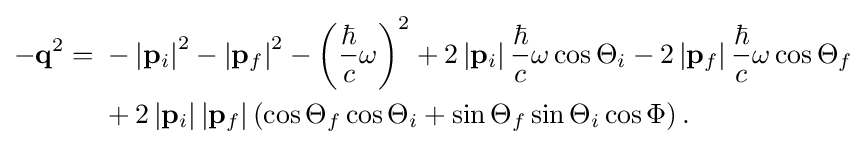
{\begin{aligned}-\mathbf {q} ^{2}={}&-\left|\mathbf {p} _{i}\right|^{2}-\left|\mathbf {p} _{f}\right|^{2}-\left({\frac {\hbar }{c}}\omega \right)^{2}+2\left|\mathbf {p} _{i}\right|{\frac {\hbar }{c}}\omega \cos \Theta _{i}-2\left|\mathbf {p} _{f}\right|{\frac {\hbar }{c}}\omega \cos \Theta _{f}\\&{}+2\left|\mathbf {p} _{i}\right|\left|\mathbf {p} _{f}\right|\left(\cos \Theta _{f}\cos \Theta _{i}+\sin \Theta _{f}\sin \Theta _{i}\cos \Phi \right).\end{aligned}}